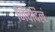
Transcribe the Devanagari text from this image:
निवेदिलं